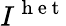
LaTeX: I^{\mathrm{~h~e~t~}}